Civil Veterinary Dept. North-West Frontier Province 1901-22 - 1901-1922
Year: 1901
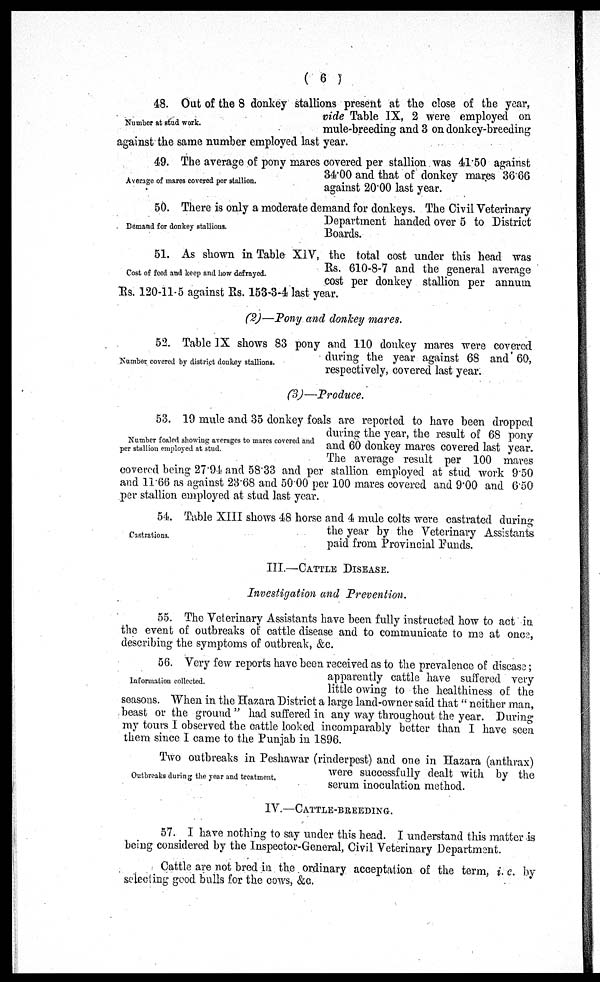
(6)
Number at stud work.
48. Out of the 8 donkey stallions present at the close of the year,
vide Table IX, 2 were employed on
mule-breeding and 3 on donkey-breeding
against the same number employed last year.
Average of mares covered per stallion.
49. The average of pony mares covered per stallion was 41.50 against
34.00 and that of donkey mares 36.66
against 20.00 last year.
Demand for donkey stallions.
50. There is only a moderate demand for donkeys. The Civil Veterinary
Department handed over 5 to District
Boards.
Cost of feed and keep and how defrayed.
51. As shown in Table XIV, the total cost under this head was
Rs. 610-8-7 and the general average
cost per donkey stallion per annum
Rs. 120-11-5 against Rs. 153-3-4 last year.
(2)—Pony and donkey mares.
Number covered by district donkey stallions.
52. Table IX shows 83 pony and 110 donkey mares were covered
during the year against 68 and 60,
respectively, covered last year.
(3)—Produce.
Number foaled showing averages to mares covered and
per stallion employed at stud.
53. 19 mule and 35 donkey foals are reported to have been dropped
during the year, the result of 68 pony
and 60 donkey mares covered last year.
The average result per 100 mares
covered being 27.94 and 58.33 and per stallion employed at stud work 9.50
and 11.66 as against 23.68 and 50.00 per 100 mares covered and 9.00 and 6.50
per stallion employed at stud last year.
Castrations.
54. Table XIII shows 48 horse and 4 mule colts were castrated during
the year by the Veterinary Assistants
paid from Provincial Funds.
III.—CATTLE DISEASE.
Investigation and Prevention.
55. The Veterinary Assistants have been fully instructed how to act in
the event of outbreaks of cattle disease and to communicate to me at once,
describing the symptoms of outbreak, &c.
Information collected.
56. Very few reports have been received as to the prevalence of disease;
apparently cattle have suffered very
little owing to the healthiness of the
seasons. When in the Hazara District a large land-owner said that "neither man,
beast or the ground" had suffered in any way throughout the year. During
my tours I observed the cattle looked incomparably better than I have seen
them since I came to the Punjab in 1896.
Outbreaks during the year and treatment.
Two outbreaks in Peshawar (rinderpest) and one in Hazara (anthrax)
were successfully dealt with by the
serum inoculation method.
IV.—CATTLE-BREEDING.
57. I have nothing to say under this head. I understand this matter is
being considered by the Inspector-General, Civil Veterinary Department.
Cattle are not bred in the ordinary acceptation of the term, i. c. by
selecting good bulls for the cows, &c.